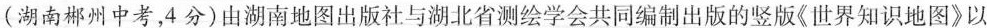
(湖南郴州中考，4分)由湖南地图出版社与湖北省测绘学会共同编制出版的竖版《世界知识地图》以